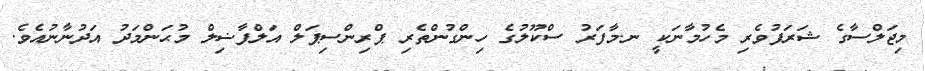
މިޖަލްސާގެ ޝަރަފުވެރި މެހުމާނަކީ ނ.މާފަރު ސްކޫލުގެ ހިންގުންތެރި ޕްރިންސިޕަލް އަލްފާޟިލް މުޙަންމަދު އަދުނާނުއެވެ.